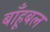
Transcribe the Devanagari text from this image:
बाँहूबल